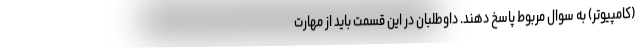
(کامپیوتر) به سوال مربوط پاسخ دهند. داوطلبان در این قسمت باید از مهارت